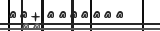
٤٠